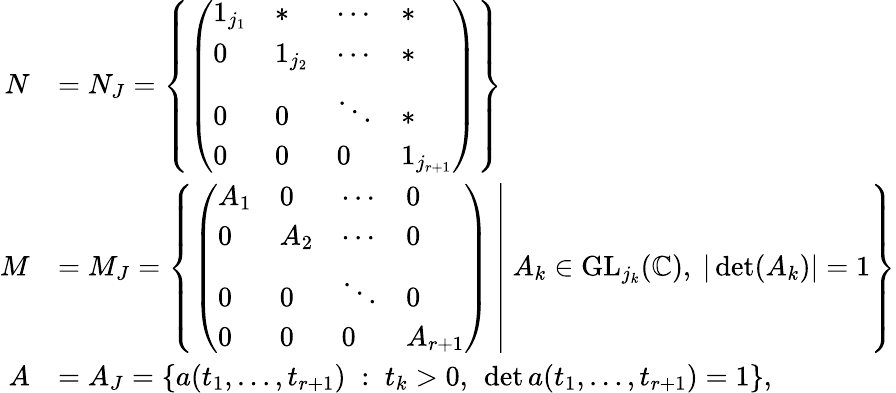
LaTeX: \begin{array}{rl}{N}&{=N_{J}=\left\{ \left(\begin{array}{llll}{1_{j_{1}}}&{*}&{\cdots}&{*}\\ {0}&{1_{j_{2}}}&{\cdots}&{*}\\ {0}&{0}&{\ddots}&{*}\\ {0}&{0}&{0}&{1_{j_{r+1}}}\end{array}\right)\right\} }\\ {M}&{=M_{J}=\left\{ \left.\left(\begin{array}{llll}{A_{1}}&{0}&{\cdots}&{0}\\ {0}&{A_{2}}&{\cdots}&{0}\\ {0}&{0}&{\ddots}&{0}\\ {0}&{0}&{0}&{A_{r+1}}\end{array}\right)\ \right|\ A_{k}\in\mathrm{GL}_{j_{k}}(\mathbb{C}),\ |\operatorname*{det}(A_{k})|=1\right\} }\\ {A}&{=A_{J}=\left\{ a(t_{1},\ldots,t_{r+1})\; :\; t_{k}>0,\ \operatorname*{det}a(t_{1},\ldots,t_{r+1})=1\right\} ,}\end{array}